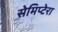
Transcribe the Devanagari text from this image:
सेमिप्टेरा